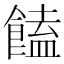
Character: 饁